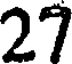
27